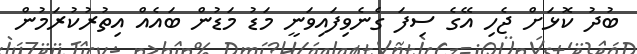
ބުދު ކޮޅަށް ޖެހި އޭގެ ސިފަ ގެނެވިފައިވަނީ މަޑު މަޑުން ބައެއް އިތުރުކުރަމުން